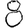
Digit: 8